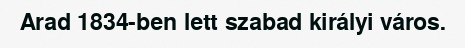
Arad 1834-ben lett szabad királyi város.